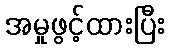
အမှုဖွင့်ထားပြီး